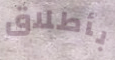
بأطلاق